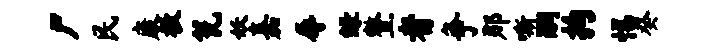
尸民康教瓮妖嘉辱绿整者争那嘶嗣拘惕癸